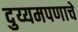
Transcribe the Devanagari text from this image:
दुय्यमपणाचे